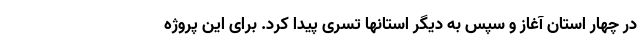
در چهار استان آغاز و سپس به دیگر استانها تسری پیدا کرد. برای این پروژه